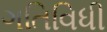
ગતિવિધી